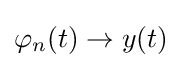
\varphi _{n}(t)\to y(t)